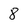
Character: 8